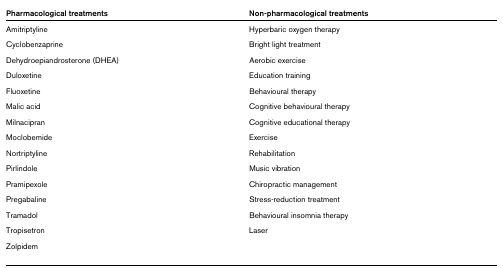
<table><thead><tr><td><b>Pharmacological treatments</b></td><td><b>Non-pharmacological treatments</b></td></tr></thead><tbody><tr><td>Amitriptyline</td><td>Hyperbaric oxygen therapy</td></tr><tr><td>Cyclobenzaprine</td><td>Bright light treatment</td></tr><tr><td>Dehydroepiandrosterone (DHEA)</td><td>Aerobic exercise</td></tr><tr><td>Duloxetine</td><td>Education training</td></tr><tr><td>Fluoxetine</td><td>Behavioural therapy</td></tr><tr><td>Malic acid</td><td>Cognitive behavioural therapy</td></tr><tr><td>Milnacipran</td><td>Cognitive educational therapy</td></tr><tr><td>Moclobemide</td><td>Exercise</td></tr><tr><td>Nortriptyline</td><td>Rehabilitation</td></tr><tr><td>Pirlindole</td><td>Music vibration</td></tr><tr><td>Pramipexole</td><td>Chiropractic management</td></tr><tr><td>Pregabaline</td><td>Stress-reduction treatment</td></tr><tr><td>Tramadol</td><td>Behavioural insomnia therapy</td></tr><tr><td>Tropisetron</td><td>Laser</td></tr><tr><td>Zolpidem</td><td></td></tr></tbody></table>